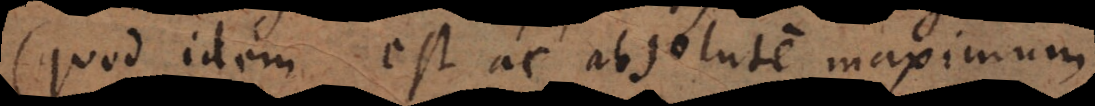
(quod idem est ac absolute maximum),